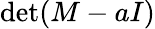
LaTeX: \operatorname*{det}(M-aI)